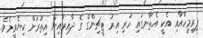
ފިރިމީހާއާއި އެކީ އެތާނގައި ހުރި އިރު ޓީޗިންގް ގެ ދާއިރާއިން އިތުރަށް ކިޔެވީމެވެ.